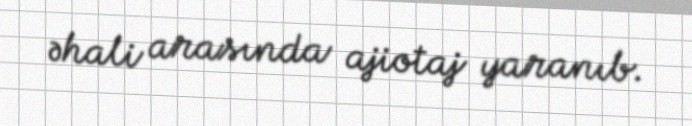
əhali arasında ajiotaj yaranıb.